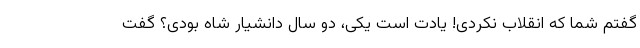
گفتم شما که انقلاب نکردی! یادت است یکی، دو سال دانشیار شاه بودی؟ گفت